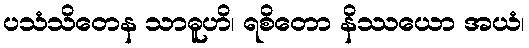
ပသံသိတေန သာဓူဟိ၊ ရစိတော နိဿယော အယံ၊